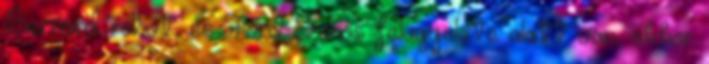
Bernard robot, és Ford szoros felügyelete alatt van, akkor